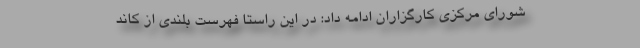
شورای مرکزی کارگزاران ادامه داد: در این راستا فهرست بلندی از کاند